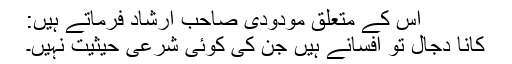
اس کے متعلق مودودی صاحب ارشاد فرماتے ہیں:
کانا دجال تو افسانے ہیں جن کی کوئی شرعی حیثیت نہیں۔